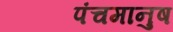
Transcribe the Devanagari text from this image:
पंचमानुष